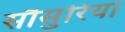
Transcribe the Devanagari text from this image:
सौसुरिया